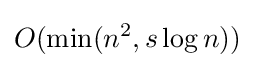
O(\min(n^{2},s\log n))